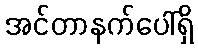
အင်တာနက်ပေါ်ရှိ